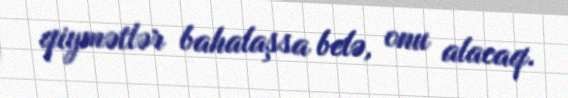
qiymətlər bahalaşsa belə, onu alacaq.